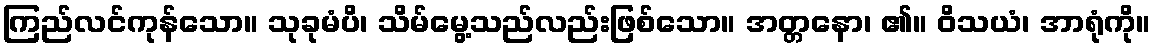
ကြည်လင်ကုန်သော။ သုခုမံပိ၊ သိမ်မွေ့သည်လည်းဖြစ်သော။ အတ္တနော၊ ၏။ ဝိသယံ၊ အာရုံကို။